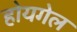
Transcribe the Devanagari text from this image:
होयगेल